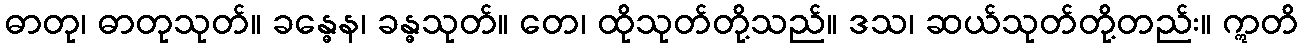
ဓာတု၊ ဓာတုသုတ်။ ခန္ဓေန၊ ခန္ဓသုတ်။ တေ၊ ထိုသုတ်တို့သည်။ ဒသ၊ ဆယ်သုတ်တို့တည်း။ ဣတိ